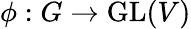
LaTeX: \phi:G\to\operatorname{GL}(V)